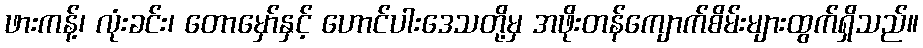
ဖားကန့်၊ လုံးခင်း၊ တောမှော်နှင့် ဟောင်ပါးဒေသတို့မှ အဖိုးတန်ကျောက်စိမ်းများထွက်ရှိသည်။